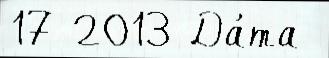
17 2013 Да́та